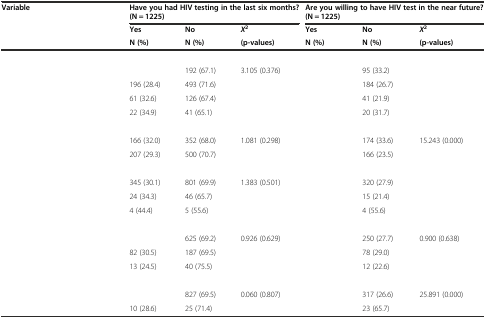
<table><thead><tr><td><b>Variable</b></td><td colspan="3"><b>Have you had HIV testing in the last six months? (N = 1225)</b></td><td colspan="3"><b>Are you willing to have HIV test in the near future? (N = 1225)</b></td></tr><tr><td>[EMPTY_CELL]</td><td><b>Yes</b></td><td><b>No</b></td><td><b><i>X</i><sup>2</sup></b></td><td><b>Yes</b></td><td><b>No</b></td><td><b><i>X</i><sup>2</sup></b></td></tr><tr><td>[EMPTY_CELL]</td><td><b>N (%)</b></td><td><b>N (%)</b></td><td><b>(p-values)</b></td><td><b>N (%)</b></td><td><b>N (%)</b></td><td><b>(p-values)</b></td></tr></thead><tbody><tr><td>[EMPTY_CELL]</td><td>[EMPTY_CELL]</td><td>[EMPTY_CELL]</td><td>[EMPTY_CELL]</td><td>[EMPTY_CELL]</td><td>[EMPTY_CELL]</td><td>[EMPTY_CELL]</td></tr><tr><td>[EMPTY_CELL]</td><td>[EMPTY_CELL]</td><td>192 (67.1)</td><td>3.105 (0.376)</td><td>[EMPTY_CELL]</td><td>95 (33.2)</td><td>[EMPTY_CELL]</td></tr><tr><td>[EMPTY_CELL]</td><td>196 (28.4)</td><td>493 (71.6)</td><td>[EMPTY_CELL]</td><td>[EMPTY_CELL]</td><td>184 (26.7)</td><td>[EMPTY_CELL]</td></tr><tr><td>[EMPTY_CELL]</td><td>61 (32.6)</td><td>126 (67.4)</td><td>[EMPTY_CELL]</td><td>[EMPTY_CELL]</td><td>41 (21.9)</td><td>[EMPTY_CELL]</td></tr><tr><td>[EMPTY_CELL]</td><td>22 (34.9)</td><td>41 (65.1)</td><td>[EMPTY_CELL]</td><td>[EMPTY_CELL]</td><td>20 (31.7)</td><td>[EMPTY_CELL]</td></tr><tr><td>[EMPTY_CELL]</td><td>[EMPTY_CELL]</td><td>[EMPTY_CELL]</td><td>[EMPTY_CELL]</td><td>[EMPTY_CELL]</td><td>[EMPTY_CELL]</td><td>[EMPTY_CELL]</td></tr><tr><td>[EMPTY_CELL]</td><td>166 (32.0)</td><td>352 (68.0)</td><td>1.081 (0.298)</td><td>[EMPTY_CELL]</td><td>174 (33.6)</td><td>15.243 (0.000)</td></tr><tr><td>[EMPTY_CELL]</td><td>207 (29.3)</td><td>500 (70.7)</td><td>[EMPTY_CELL]</td><td>[EMPTY_CELL]</td><td>166 (23.5)</td><td>[EMPTY_CELL]</td></tr><tr><td>[EMPTY_CELL]</td><td>[EMPTY_CELL]</td><td>[EMPTY_CELL]</td><td>[EMPTY_CELL]</td><td>[EMPTY_CELL]</td><td>[EMPTY_CELL]</td><td>[EMPTY_CELL]</td></tr><tr><td>[EMPTY_CELL]</td><td>345 (30.1)</td><td>801 (69.9)</td><td>1.383 (0.501)</td><td>[EMPTY_CELL]</td><td>320 (27.9)</td><td>[EMPTY_CELL]</td></tr><tr><td>[EMPTY_CELL]</td><td>24 (34.3)</td><td>46 (65.7)</td><td>[EMPTY_CELL]</td><td>[EMPTY_CELL]</td><td>15 (21.4)</td><td>[EMPTY_CELL]</td></tr><tr><td>[EMPTY_CELL]</td><td>4 (44.4)</td><td>5 (55.6)</td><td>[EMPTY_CELL]</td><td>[EMPTY_CELL]</td><td>4 (55.6)</td><td>[EMPTY_CELL]</td></tr><tr><td>[EMPTY_CELL]</td><td>[EMPTY_CELL]</td><td>[EMPTY_CELL]</td><td>[EMPTY_CELL]</td><td>[EMPTY_CELL]</td><td>[EMPTY_CELL]</td><td>[EMPTY_CELL]</td></tr><tr><td>[EMPTY_CELL]</td><td>[EMPTY_CELL]</td><td>625 (69.2)</td><td>0.926 (0.629)</td><td>[EMPTY_CELL]</td><td>250 (27.7)</td><td>0.900 (0.638)</td></tr><tr><td>[EMPTY_CELL]</td><td>82 (30.5)</td><td>187 (69.5)</td><td>[EMPTY_CELL]</td><td>[EMPTY_CELL]</td><td>78 (29.0)</td><td>[EMPTY_CELL]</td></tr><tr><td>[EMPTY_CELL]</td><td>13 (24.5)</td><td>40 (75.5)</td><td>[EMPTY_CELL]</td><td>[EMPTY_CELL]</td><td>12 (22.6)</td><td>[EMPTY_CELL]</td></tr><tr><td>[EMPTY_CELL]</td><td>[EMPTY_CELL]</td><td>[EMPTY_CELL]</td><td>[EMPTY_CELL]</td><td>[EMPTY_CELL]</td><td>[EMPTY_CELL]</td><td>[EMPTY_CELL]</td></tr><tr><td>[EMPTY_CELL]</td><td>[EMPTY_CELL]</td><td>827 (69.5)</td><td>0.060 (0.807)</td><td>[EMPTY_CELL]</td><td>317 (26.6)</td><td>25.891 (0.000)</td></tr><tr><td>[EMPTY_CELL]</td><td>10 (28.6)</td><td>25 (71.4)</td><td>[EMPTY_CELL]</td><td>[EMPTY_CELL]</td><td>23 (65.7)</td><td>[EMPTY_CELL]</td></tr></tbody></table>